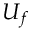
U _ { f }